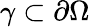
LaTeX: \gamma\subset\partial\Omega